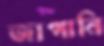
জাপানি